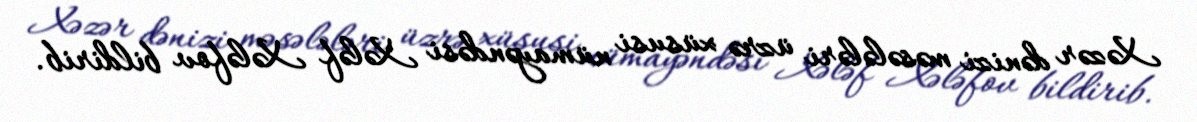
Xəzər dənizi məsələləri üzrə xüsusi nümayəndəsi Xələf Xələfov bildirib.